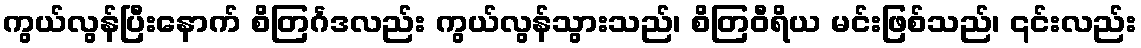
ကွယ်လွန်ပြီးနောက် စိတြင်္ဂဒလည်း ကွယ်လွန်သွားသည်၊ စိတြဝီရိယ မင်းဖြစ်သည်၊ ၎င်းလည်း